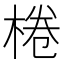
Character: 棬